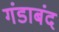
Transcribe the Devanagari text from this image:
गंडाबंद